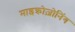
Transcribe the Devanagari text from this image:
माइक्रोज़ोनिंग